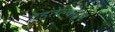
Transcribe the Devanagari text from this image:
टेइतेल्बोइम